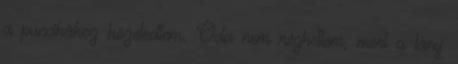
a puncikához közeledtem. Oda nem nézhettem, mert a lány